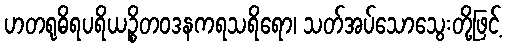
ဟတရုဓိရပရိယဉ္စိတဝဒနကရသရိရော၊ သတ်အပ်သောသွေးတို့ဖြင့်